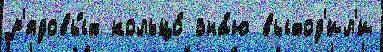
р'ядовы́х кольцо́ зна́ю выход'ил'и